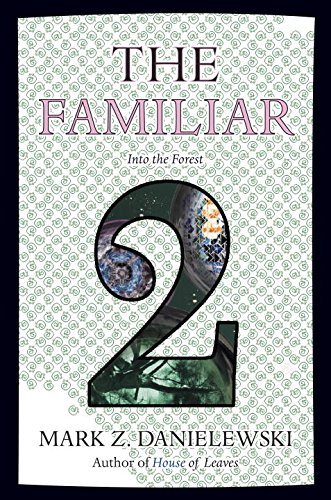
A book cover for The Familiar, Volume 2: Into the Forest; Mark Z. Danielewski; Science Fiction & Fantasy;